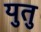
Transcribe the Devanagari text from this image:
युतु